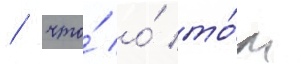
/ что́ о́ то́м